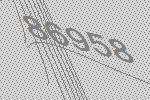
86958